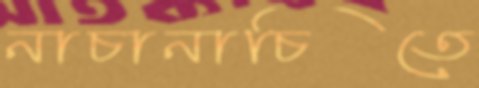
নাচানাচিতে